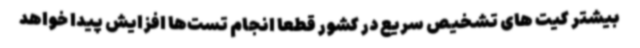
بیشتر کیت های تشخیص سریع در کشور قطعا انجام تست‌ها افزایش پیدا خواهد